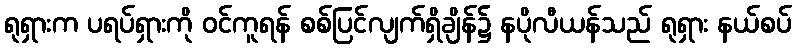
ရုရှားက ပရပ်ရှားကို ဝင်ကူရန် စစ်ပြင်လျက်ရှိချိန်၌ နပိုလီယန်သည် ရုရှား နယ်စပ်